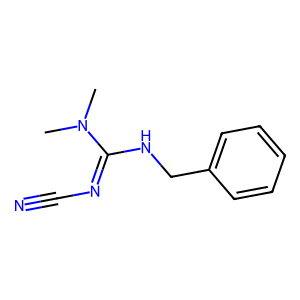
SMILES: CN(C)C(=NC#N)NCc1ccccc1
Inhibits HIV replication: No